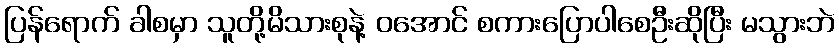
ပြန်ရောက် ခါစမှာ သူတို့မိသားစုနဲ့ ဝအောင် စကားပြောပါစေဦးဆိုပြီး မသွားဘဲ